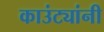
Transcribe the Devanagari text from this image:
काउंट्यांनी